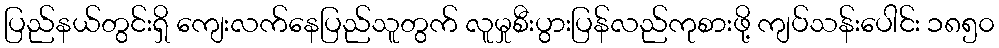
ပြည်နယ်တွင်းရှိ ကျေးလက်နေပြည်သူတွက် လူမှုစီးပွားပြန်လည်ကုစားဖို့ ကျပ်သန်းပေါင်း ၁၈၅၀